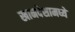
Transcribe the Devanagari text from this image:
खानदेशामध्ये